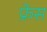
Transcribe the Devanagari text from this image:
फ्रेस